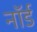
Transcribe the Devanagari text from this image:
नॉर्ड